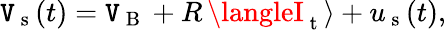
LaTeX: \mathtt{V}_{\mathrm{{~s~}}}(t)=\mathtt{V}_{\mathrm{{~B~}}}+R\, \langleI_{\mathrm{{~t~}}}\rangle+u_{\mathrm{{~s~}}}(t),